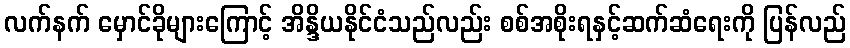
လက်နက် မှောင်ခိုများကြောင့် အိန္ဒိယနိုင်ငံသည်လည်း စစ်အစိုးရနှင့်ဆက်ဆံရေးကို ပြန်လည်